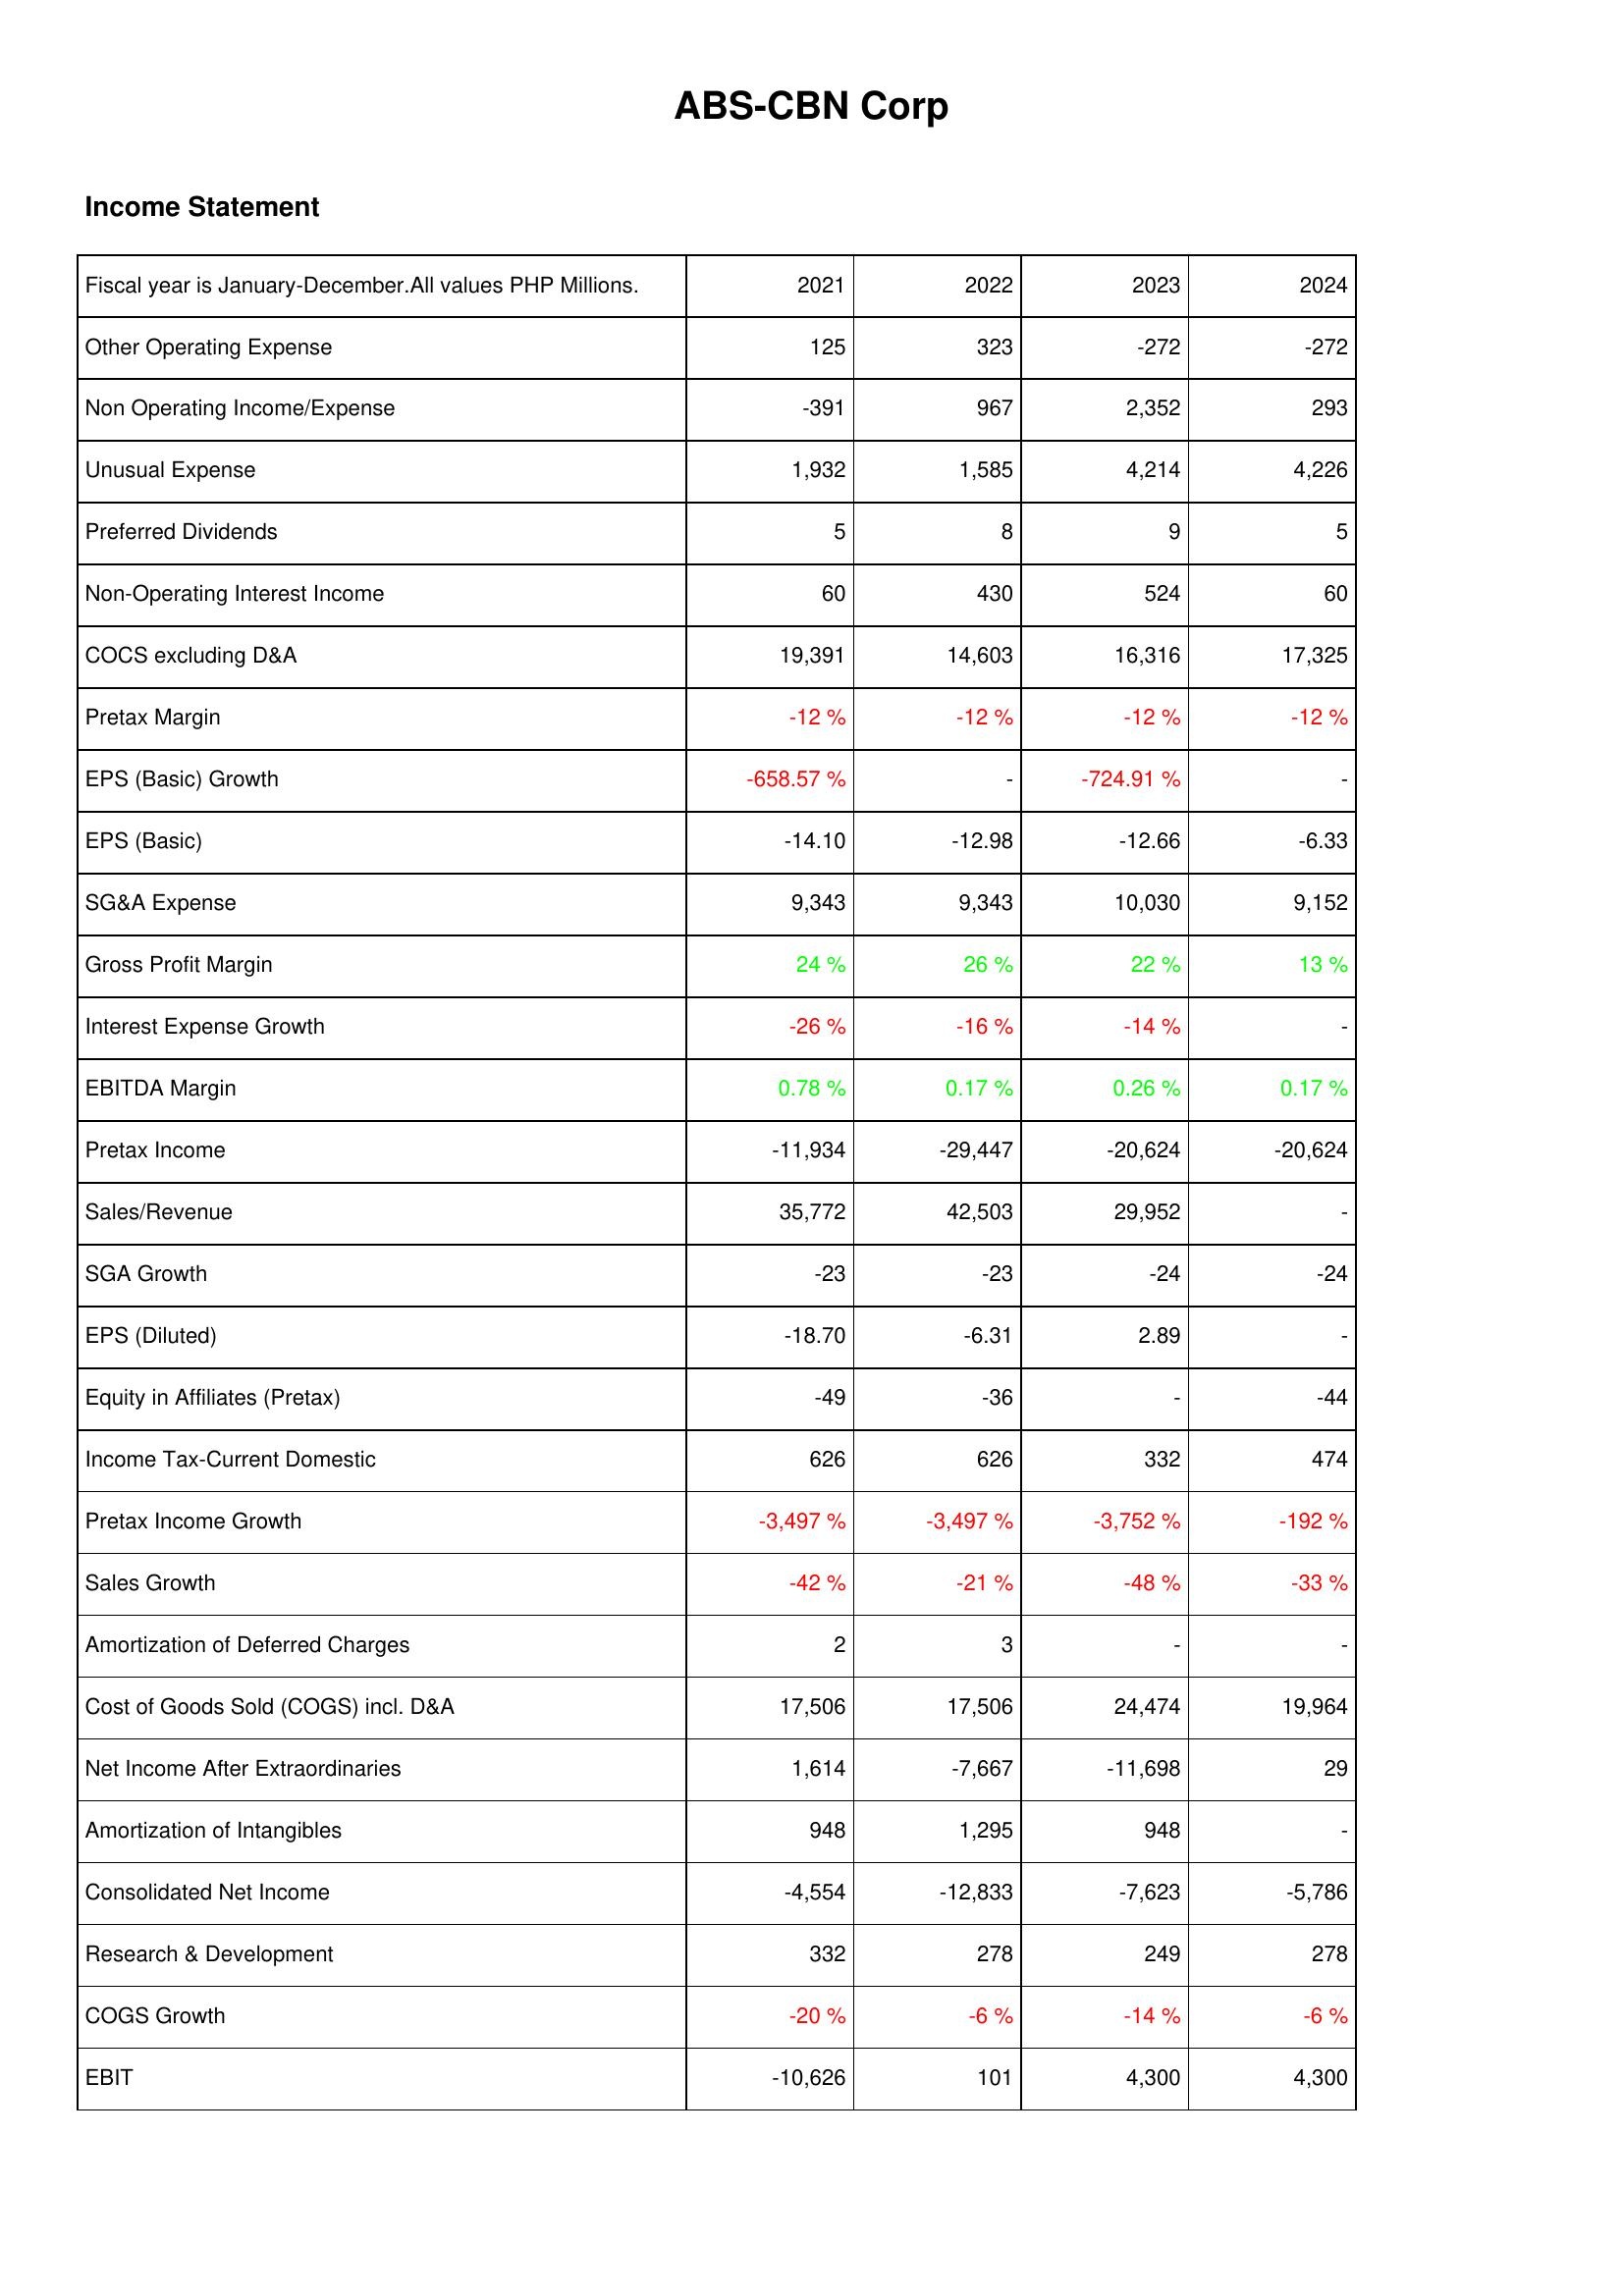
2021: Income Statement: Other Operating Expense: 125
Non Operating Income/Expense: -391
Unusual Expense: 1,932
Preferred Dividends: 5
Non-Operating Interest Income: 60
COCS excluding D&A: 19,391
Pretax Margin: -12 %
EPS (Basic) Growth: -658.57 %
EPS (Basic): -14.10
SG&A Expense: 9,343
Gross Profit Margin: 24 %
Interest Expense Growth: -26 %
EBITDA Margin: 0.78 %
Pretax Income: -11,934
Sales/Revenue: 35,772
SGA Growth: -23
EPS (Diluted): -18.70
Equity in Affiliates (Pretax): -49
Income Tax-Current Domestic: 626
Pretax Income Growth: -3,497 %
Sales Growth: -42 %
Amortization of Deferred Charges: 2
Cost of Goods Sold (COGS) incl. D&A: 17,506
Net Income After Extraordinaries: 1,614
Amortization of Intangibles: 948
Consolidated Net Income: -4,554
Research & Development: 332
COGS Growth: -20 %
EBIT: -10,626
2022: Income Statement: Other Operating Expense: 323
Non Operating Income/Expense: 967
Unusual Expense: 1,585
Preferred Dividends: 8
Non-Operating Interest Income: 430
COCS excluding D&A: 14,603
Pretax Margin: -12 %
EPS (Basic) Growth: -
EPS (Basic): -12.98
SG&A Expense: 9,343
Gross Profit Margin: 26 %
Interest Expense Growth: -16 %
EBITDA Margin: 0.17 %
Pretax Income: -29,447
Sales/Revenue: 42,503
SGA Growth: -23
EPS (Diluted): -6.31
Equity in Affiliates (Pretax): -36
Income Tax-Current Domestic: 626
Pretax Income Growth: -3,497 %
Sales Growth: -21 %
Amortization of Deferred Charges: 3
Cost of Goods Sold (COGS) incl. D&A: 17,506
Net Income After Extraordinaries: -7,667
Amortization of Intangibles: 1,295
Consolidated Net Income: -12,833
Research & Development: 278
COGS Growth: -6 %
EBIT: 101
2023: Income Statement: Other Operating Expense: -272
Non Operating Income/Expense: 2,352
Unusual Expense: 4,214
Preferred Dividends: 9
Non-Operating Interest Income: 524
COCS excluding D&A: 16,316
Pretax Margin: -12 %
EPS (Basic) Growth: -724.91 %
EPS (Basic): -12.66
SG&A Expense: 10,030
Gross Profit Margin: 22 %
Interest Expense Growth: -14 %
EBITDA Margin: 0.26 %
Pretax Income: -20,624
Sales/Revenue: 29,952
SGA Growth: -24
EPS (Diluted): 2.89
Equity in Affiliates (Pretax): -
Income Tax-Current Domestic: 332
Pretax Income Growth: -3,752 %
Sales Growth: -48 %
Amortization of Deferred Charges: -
Cost of Goods Sold (COGS) incl. D&A: 24,474
Net Income After Extraordinaries: -11,698
Amortization of Intangibles: 948
Consolidated Net Income: -7,623
Research & Development: 249
COGS Growth: -14 %
EBIT: 4,300
2024: Income Statement: Other Operating Expense: -272
Non Operating Income/Expense: 293
Unusual Expense: 4,226
Preferred Dividends: 5
Non-Operating Interest Income: 60
COCS excluding D&A: 17,325
Pretax Margin: -12 %
EPS (Basic) Growth: -
EPS (Basic): -6.33
SG&A Expense: 9,152
Gross Profit Margin: 13 %
Interest Expense Growth: -
EBITDA Margin: 0.17 %
Pretax Income: -20,624
Sales/Revenue: -
SGA Growth: -24
EPS (Diluted): -
Equity in Affiliates (Pretax): -44
Income Tax-Current Domestic: 474
Pretax Income Growth: -192 %
Sales Growth: -33 %
Amortization of Deferred Charges: -
Cost of Goods Sold (COGS) incl. D&A: 19,964
Net Income After Extraordinaries: 29
Amortization of Intangibles: -
Consolidated Net Income: -5,786
Research & Development: 278
COGS Growth: -6 %
EBIT: 4,300